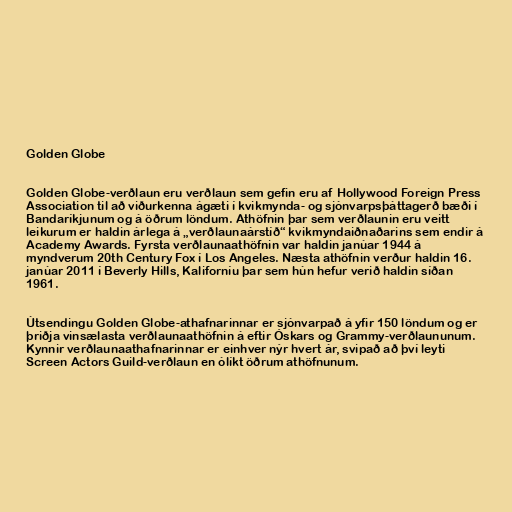
Golden Globe

Golden Globe-verðlaun eru verðlaun sem gefin eru af Hollywood Foreign Press
Association til að viðurkenna ágæti í kvikmynda- og sjónvarpsþáttagerð bæði í
Bandaríkjunum og á öðrum löndum. Athöfnin þar sem verðlaunin eru veitt
leikurum er haldin árlega á „verðlaunaárstíð“ kvikmyndaiðnaðarins sem endir á
Academy Awards. Fyrsta verðlaunaathöfnin var haldin janúar 1944 á
myndverum 20th Century Fox í Los Angeles. Næsta athöfnin verður haldin 16.
janúar 2011 í Beverly Hills, Kaliforníu þar sem hún hefur verið haldin síðan
1961.

Útsendingu Golden Globe-athafnarinnar er sjónvarpað á yfir 150 löndum og er
þriðja vinsælasta verðlaunaathöfnin á eftir Óskars og Grammy-verðlaununum.
Kynnir verðlaunaathafnarinnar er einhver nýr hvert ár, svipað að því leyti
Screen Actors Guild-verðlaun en ólíkt öðrum athöfnunum.